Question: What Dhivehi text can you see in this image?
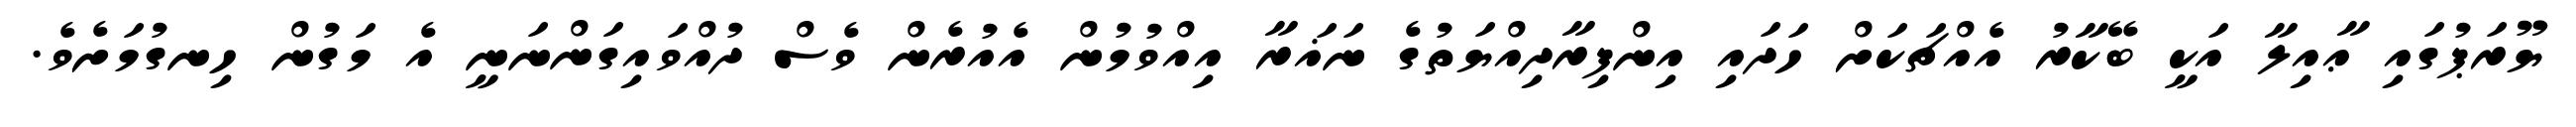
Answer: ޔޫރަޕުގައި ޢާއިލާ އަކީ ބޭކާރު އެއްޗަކަށް ހަދައި އިންފިރާދިއްޔަތުގެ ނަޣަރާ އިއްވުމުން އެއުރެން ވެސް ދުއްވައިގަންނަނީ އެ މަގުން ހިނގުމަށެވެ.